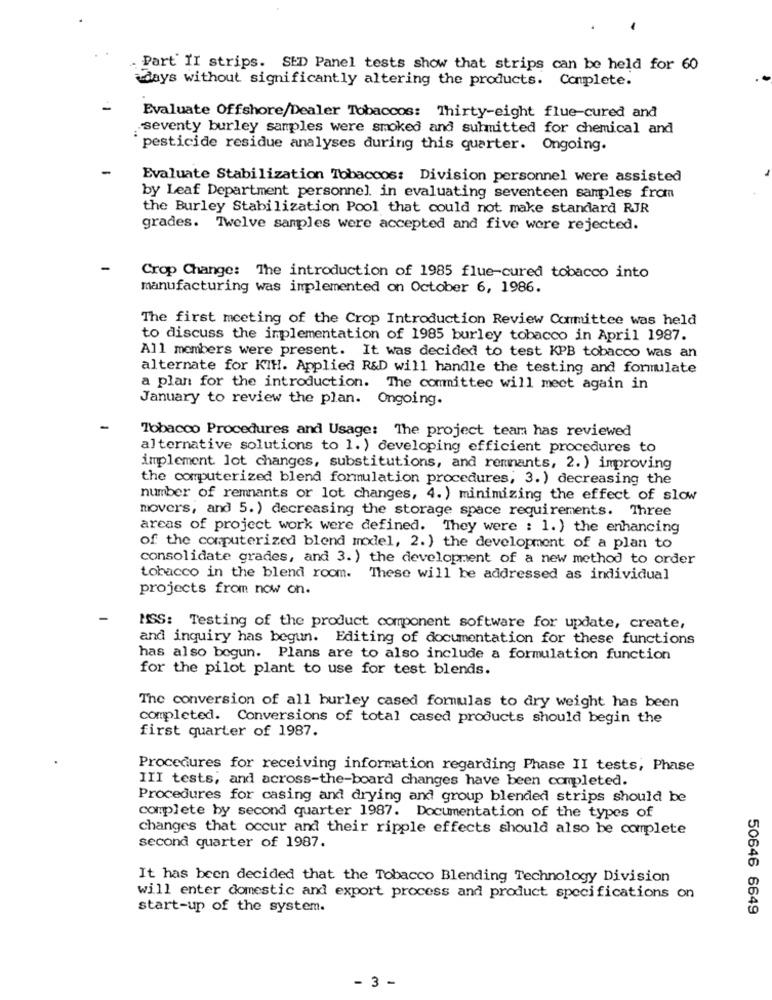
Part II strips. SED Panel tests show that strips can be held for 60
days without significantly altering the products. Conplete.
Evaluate Offshore/Dealer Tobaccos: Thirty-eight flue-cured and
seventy burley samples were smoked and submitted for chemical and
pesticide residue analyses during this quarter. Ongoing.
Evaluate Stabilization Tobaccos: Division personnel were assisted
by Leaf Department personnel. in evaluating seventeen samples from
the Burley Stabilization Pool that could not make standard RJR
grades. Twelve samples were accepted and five were rejected.
Crop Change: The introduction of 1985 flue-cured tobacco into
manufacturing was implemented on October 6, 1986.
The first meeting of the Crop Introduction Review Committee was held
to discuss the implementation of 1985 burley tobacco in April 1987.
All members were present. It was decided to test KPB tobacco was an
alternate for KIH. Applied R&D will handle the testing and formulate
a plan for the introduction. The committee will meet again in
January to review the plan. Ongoing.
Tobacco Procedures and Usage: The project team has reviewed
alternative solutions to 1. ) developing efficient procedures to
implement lot changes, substitutions, and remnants, 2. ) improving
the computerized blend formulation procedures, 3. ) decreasing the
number of remnants or lot changes, 4. ) minimizing the effect of slow
movers, and 5. ) decreasing the storage space requirements. Three
areas of project work were defined. They were : 1. ) the enhancing
of the computerized blend model, 2. ) the development of a plan to
consolidate grades, and 3. ) the development of a new method to order
tobacco in the blend room. These will be addressed as individual
projects from now on.
MSS: Testing of the product component software for update, create,
and inquiry has begun. Editing of documentation for these functions
has also bogun. Plans are to also include a formulation function
for the pilot plant to use for test blends.
The conversion of all burley cased formulas to dry weight has been
completed. Conversions of total cased products should begin the
first quarter of 1987.
Procedures for receiving information regarding Phase II tests, Phase
III tests, and across-the-board changes have been completed.
Procedures for casing and drying and group blended strips should be
complete by second quarter 1987. Documentation of the types of
changes that occur and their ripple effects should also be complete
second quarter of 1987.
It has been decided that the Tobacco Blending Technology Division
will enter domestic and export process and product specifications on
start-up of the system.
50646 6649
- 3 -